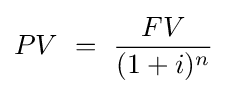
PV\ =\ {\frac {FV}{(1+i)^{n}}}